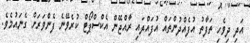
އަދި ދިވެހި ތަފާތު އުފެއްދުންތައް އުފައްދައި ރާއްޖޭން އެކްސްޕޯޓް ކުރެވޭނެ ފެންވަރަށް ގެނައުމެވެ.